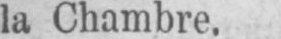
la Chambre.